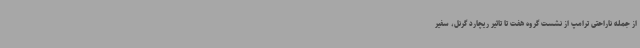
از جمله ناراحتی ترامپ از نشست گروه هفت تا تاثیر ریچارد گرنل، سفیر